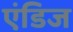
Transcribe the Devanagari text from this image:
एंडिज